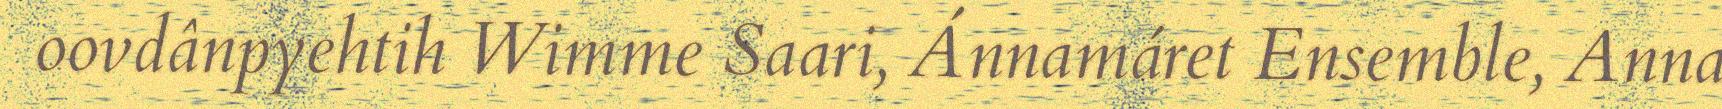
oovdânpyehtih Wimme Saari, Ánnamáret Ensemble, Anna